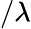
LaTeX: /\lambda